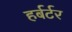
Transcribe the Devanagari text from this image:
हर्बर्टर